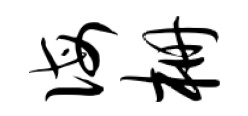
诲栅